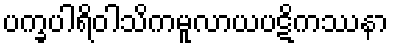
ပက္ခပါရိဝါသိကမူလာယပဋိကဿနာ